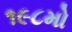
૧૯૮મો